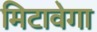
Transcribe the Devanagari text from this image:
मिटावेगा